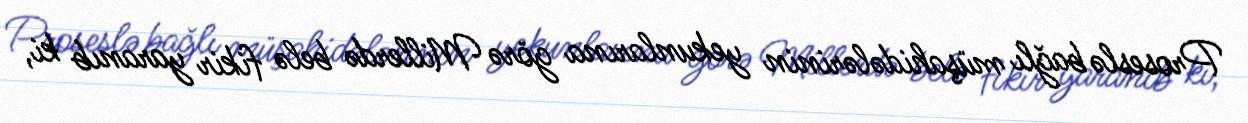
Proseslə bağlı müşahidələrinin yekunlarına görə Millerdə belə fikir yaranıb ki,